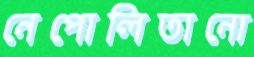
নেপোলিতানো